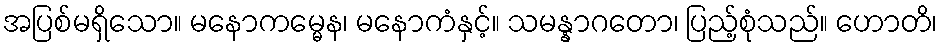
အပြစ်မရှိသော။ မနောကမ္မေန၊ မနောကံနှင့်။ သမန္နာဂတော၊ ပြည့်စုံသည်။ ဟောတိ၊